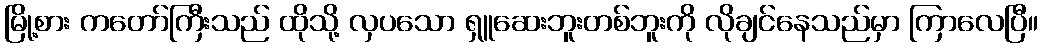
မြို့စား ကတော်ကြီးသည် ထိုသို့ လှပသော ရှူဆေးဘူးတစ်ဘူးကို လိုချင်နေသည်မှာ ကြာလေပြီ။